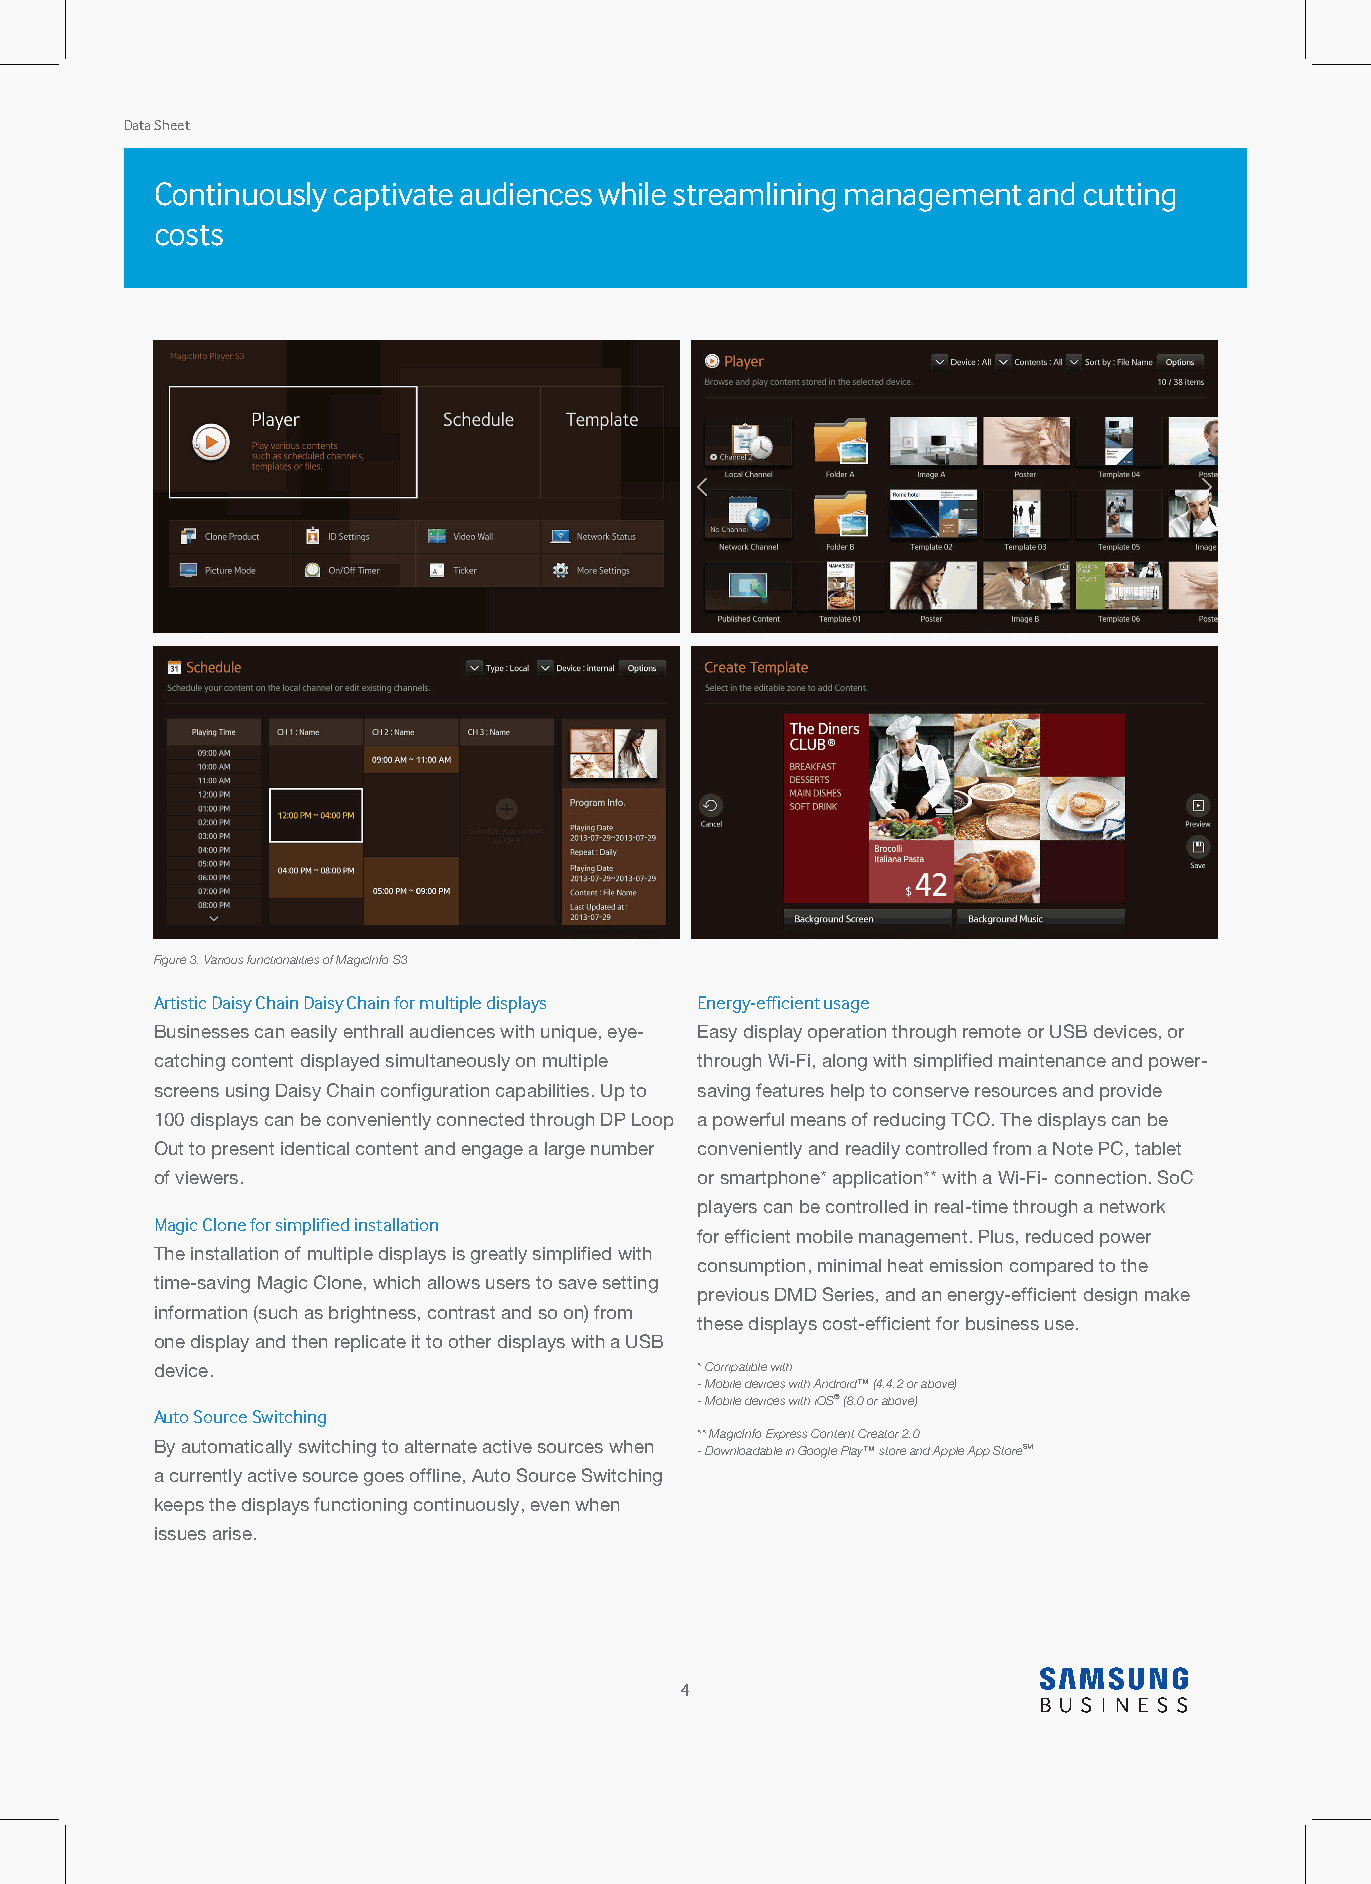
Data Sheet
 Continuously captivate audiences while streamlining management and cutting
 costs
 Figure 3. Various functionalities of MagicInfo S3
 Artistic Daisy Chain Daisy Chain for multiple displays Energy-efficient usage
 Businesses can easily enthrall audiences with unique, eye- Easy display operation through remote or USB devices, or
 catching content displayed simultaneously on multiple through Wi-Fi, along with simplified maintenance and power-
 screens using Daisy Chain configuration capabilities. Up to saving features help to conserve resources and provide
 100 displays can be conveniently connected through DP Loop a powerful means of reducing TCO. The displays can be
 Out to present identical content and engage a large number conveniently and readily controlled from a Note PC, tablet
 of viewers.                         or smartphone* application** with a Wi-Fi- connection. SoC
 players can be controlled in real-time through a network
 Magic Clone for simplified installation
 for efficient mobile management. Plus, reduced power
 The installation of multiple displays is greatly simplified with
 consumption, minimal heat emission compared to the
 time-saving Magic Clone, which allows users to save setting
 previous DMD Series, and an energy-efficient design make
 information (such as brightness, contrast and so on) from
 these displays cost-efficient for business use.
 one display and then replicate it to other displays with a USB
 device.                             * Compatible with
 - Mobile devices with Android™ (4.4.2 or above)
 - Mobile devices with iOS® (8.0 or above)
 Auto Source Switching
 ** MagicInfo Express Content Creator 2.0
 By automatically switching to alternate active sources when - Downloadable in Google Play™ store and Apple App StoreSM
 a currently active source goes offline, Auto Source Switching
 keeps the displays functioning continuously, even when
 issues arise.
 4